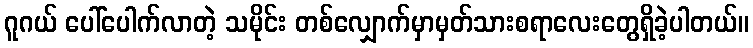
ဂူဂယ် ပေါ်ပေါက်လာတဲ့ သမိုင်း တစ်လျှောက်မှာမှတ်သားစရာလေးတွေရှိခဲ့ပါတယ်။